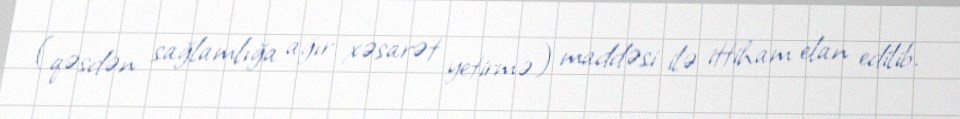
(qəsdən sağlamlığa ağır xəsarət yetirmə) maddəsi ilə ittiham elan edilib.